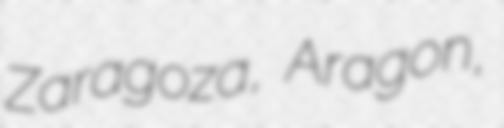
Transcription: Zaragoza, Aragon,